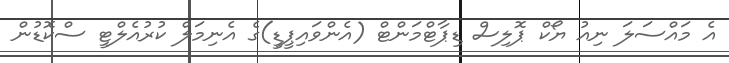
އެ މައްސަލަ ނިއު ޔޯކް ޕޮލިސް ޑިޕާޓްމަންޓް (އެންވައިޕީޑީ)ގެ އެނިމަލް ކުރުއެލްޓީ ސްކޮޑުން